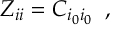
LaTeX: Z _ { i i } = C _ { i _ { 0 } i _ { 0 } } \; \; ,